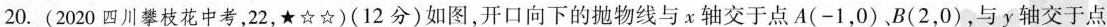
20.(2020四川攀枝花中考，22，★☆☆)(12分)如图，开口向下的抛物线与x轴交于点A(-1，0)、B(2，0)，与y轴交于点